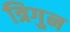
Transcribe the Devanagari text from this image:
त्रिगुन